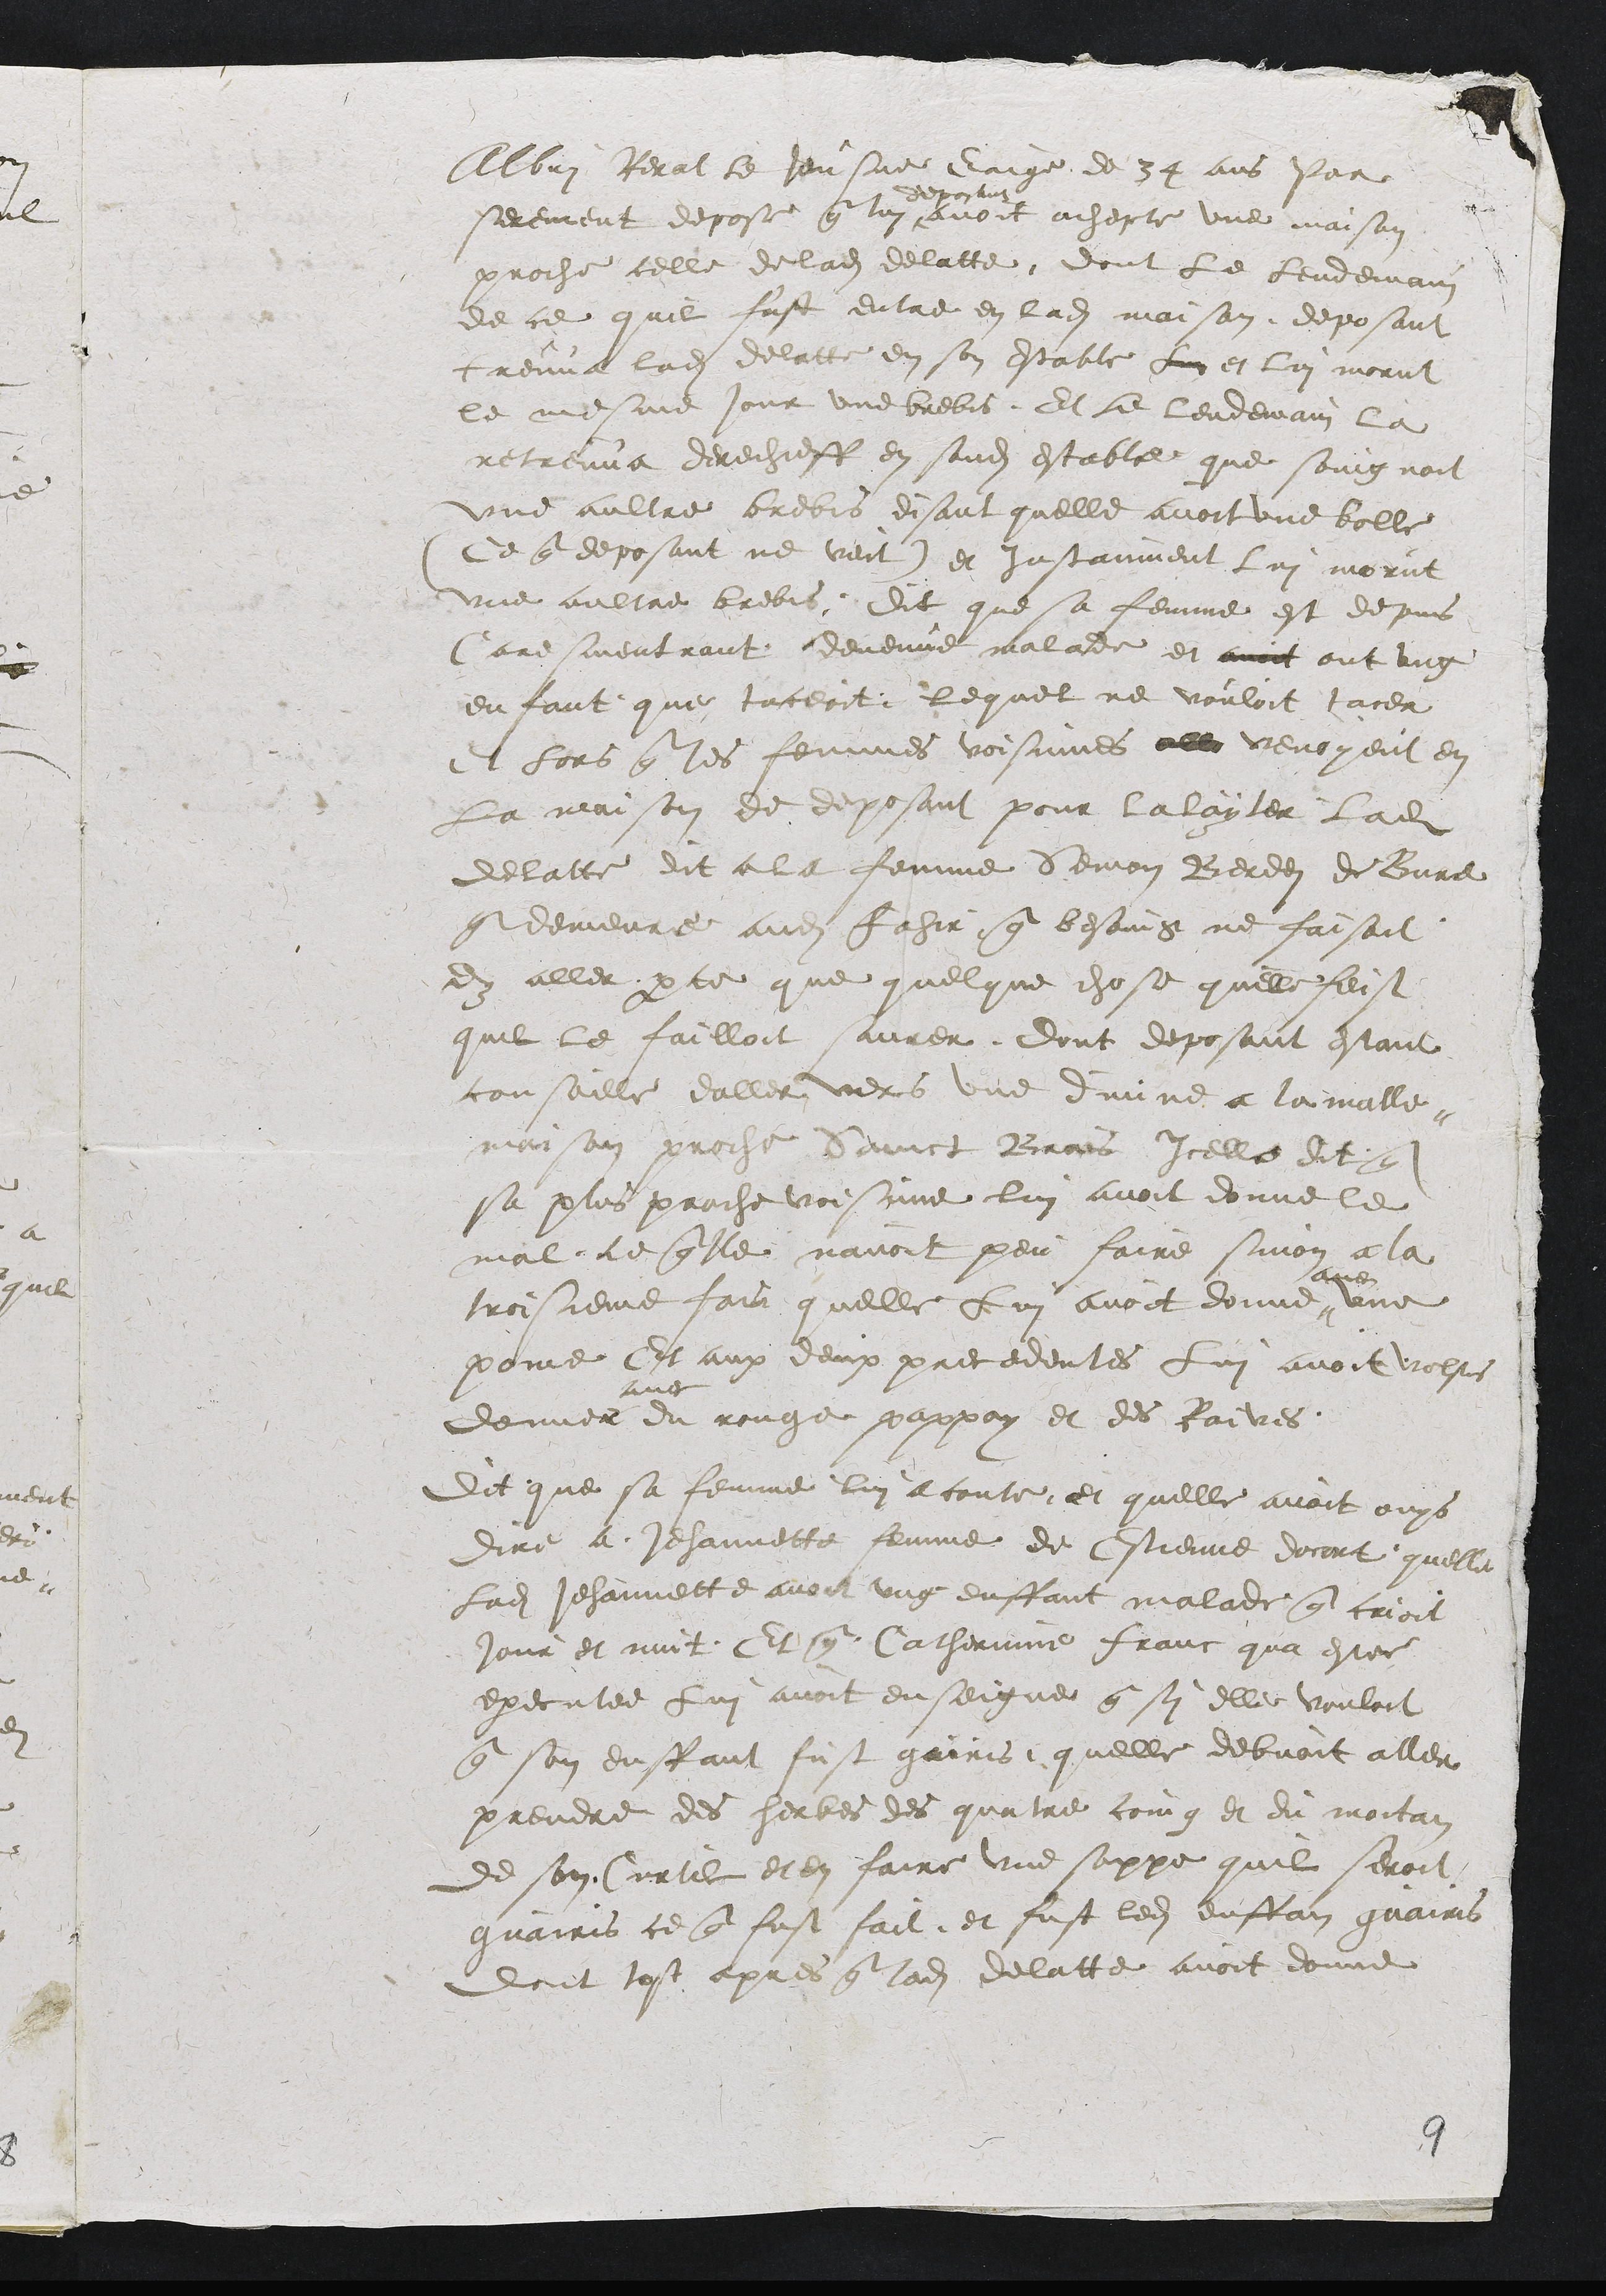
Albri Rerat le Jeusne eaige de 34 ans par
serement depose que lui #
deposant
avoit achepte une maison
proche celle de ladite delatte, dont le lendemain
de ce quil fust enladite en ladite maison deposant
treuva ladite delatte en son estable luy et lui morut
le mesme jour une brebis, Et le lendemain la
retreuva derechieff en sondit estable que soingnoit
une aultre brebis disant quelle avoit une bolle
(Ce que deposant ne veit) et Instanment lui morut
une aultre brebis dit que sa femme est depuis
Caresmentrant devenue malade et avoit ont ung
enfant que taceoit lequel ne vouloit tacer
Et lors que les femmes voisinnes all venoyent en
La maison de deposant pour lalayter ladite
delatte dit a la femme Semon Berdei de Bure
que demeure audit Fahir que besoing ne faisoit
dy aller par ce que quelque chose quelle feist
quil le failloit savrer, dont deposant estant
conseille daller vers une divine a la malle-
maison proche Sainct Brais icelle dit que
sa plus proche voisine lui avoit donne le
mal lequelle navoit peu faire sinon a la
troisieme fois quelle Lui avoit donne
avec
une
pome Et aux deux precedentes Lui avoit volsus
donner
avec
du rouge pappay et des Raives
Dit que sa femme lui a conte et quelle avoit ouys
dire a Jehannette femme de Estienne docort quelle
ladite Jehannette avoit ung enffant malade que crioit
jour et nuit Et que Catherinne Franc qua estee
executee lui avoit enseigne que sy elle vouloit
que son enffant fust gairis quelle debvoit aller
prendre des herbes des quatre coing et du moitan
de son Curtil et en faire une soppe quil seroit
guairis ce que fust fait et fust ledit enffan guairis
dont tost apres que ladite delatte avoit donne